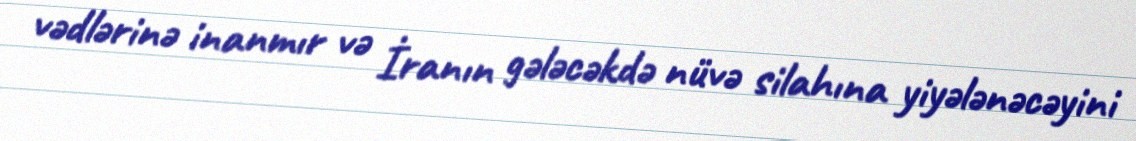
vədlərinə inanmır və İranın gələcəkdə nüvə silahına yiyələnəcəyini